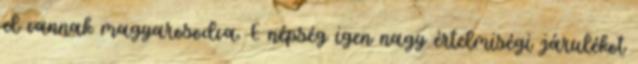
el vannak magyarosodva. E népség igen nagy értelmiségi járulékot